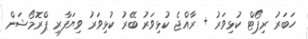
ހަބަރު ރިޕޯޓް ކުޅިވަރު + ރާއްޖެ ކުޅިވަރު ބޭރު ކުޅިވަރު ވިޔަފާރި ޕްރޮމޯޝަން